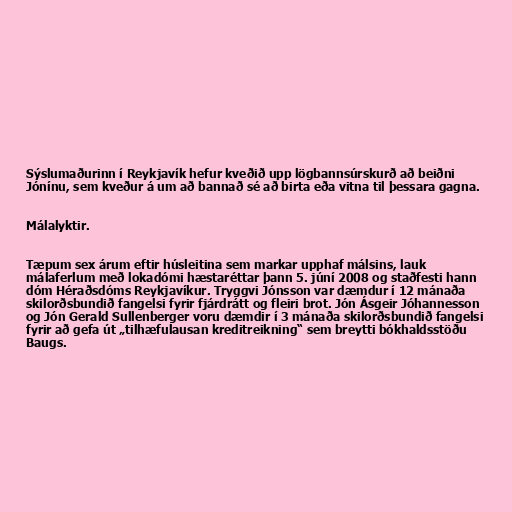
Sýslumaðurinn í Reykjavík hefur kveðið upp lögbannsúrskurð að beiðni
Jónínu, sem kveður á um að bannað sé að birta eða vitna til þessara gagna.

Málalyktir.

Tæpum sex árum eftir húsleitina sem markar upphaf málsins, lauk
málaferlum með lokadómi hæstaréttar þann 5. júní 2008 og staðfesti hann
dóm Héraðsdóms Reykjavíkur. Tryggvi Jónsson var dæmdur í 12 mánaða
skilorðsbundið fangelsi fyrir fjárdrátt og fleiri brot. Jón Ásgeir Jóhannesson
og Jón Gerald Sullenberger voru dæmdir í 3 mánaða skilorðsbundið fangelsi
fyrir að gefa út „tilhæfulausan kreditreikning“ sem breytti bókhaldsstöðu
Baugs.